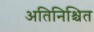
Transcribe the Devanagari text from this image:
अतिनिश्चित